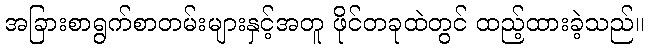
အခြားစာရွက်စာတမ်းများနှင့်အတူ ဖိုင်တခုထဲတွင် ထည့်ထားခဲ့သည်။